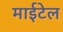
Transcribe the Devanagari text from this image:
माईटेल